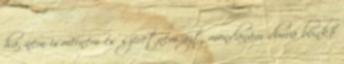
ha, nem ismerném és szeretném azt mondanám durva bunkó